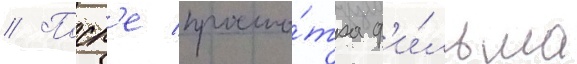
// Посл'е просмо́тра ф'и́льма